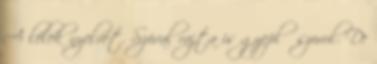
A lélek nyelvét. Szóval rajta is gyeplő szorul. De